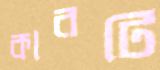
কারটি